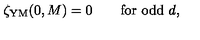
\zeta _ { \mathrm { Y M } } ( 0 , M ) = 0 \qquad \mathrm { f o r \ o d d \ } d ,